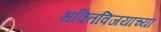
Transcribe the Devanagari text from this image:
भक्तिविजयाच्या